Source: Computer-generated
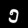
Digit: ၅ (5)